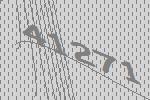
41271